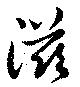
滋